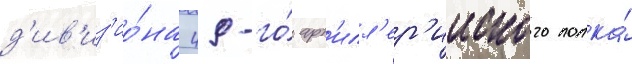
д'ив'из'ио́на 49-го́ арт'илл'ер'ииского полка́